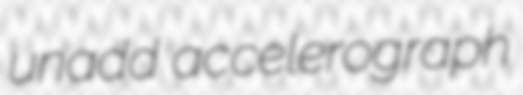
unadd accelerograph